Report of the Indian Hemp Drugs Commission, 1894-1895 - Volume VII
Year: 1894
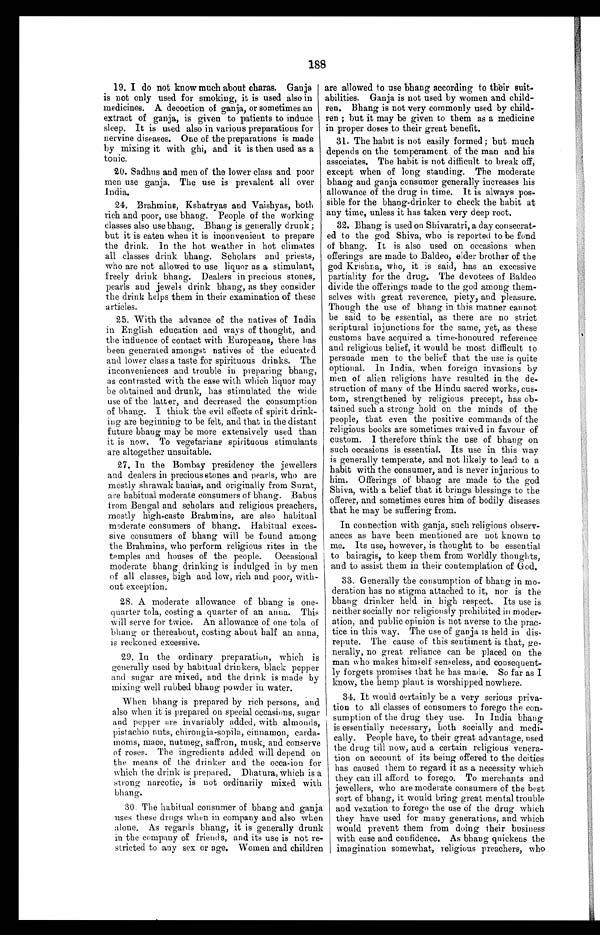
188
19. I do not know much about charas. Ganja
is not only used for smoking, it is used also in
medicines. A decoction of ganja, or sometimes an
extract of ganja, is given to patients to induce
sleep. It is used also in various preparations for
nervine diseases. One of the preparations is made
by mixing it with ghi, and it is then used as a
tonic.
20. Sadhus and men of the lower class and poor
men use ganja. The use is prevalent all over
India.
24. Brahmins, Ksbatryas and Vaishyas, both
rich and poor, use bhang. People of the working
classes also use bhang. Bhang is generally drunk ;
but it is eaten when it is inconvenient to prepare
the drink. In the hot weather in hot climates
all classes drink bhang. Scholars and priests,
who are not allowed to use liquor as a stimulant,
freely drink bhang. Dealers in precious stones,
pearls and jewels drink bhang, as they consider
the drink helps them in their examination of these
articles.
25. With the advance of the natives of India
in English education and ways of thought, and
the influence of contact with Europeans, there has
been generated amongst natives of the educated
and lower class a taste for spirituous drinks. The
inconveniences and trouble in preparing bhang,
as contrasted with the ease with which liquor may
be obtained and drunk, has stimulated the wide
use of the latter, and decreased the consumption
of bhang. I think the evil effects of spirit drink-
ing are beginning to be felt, and that in the distant
future bhang may be more extensively used than
it is now. To vegetarians spirituous stimulants
are altogether unsuitable.
27. In the Bombay presidency the jewellers
and dealers in precious stones and pearls, who are
mostly shrawak bauias, and originally from Surat,
are habitual moderate consumers of bhang. Babus
from Bengal and scholars and religious preachers,
mostly high-caste Brahmins, are also habitual
moderate consumers of bhang. Habitual exces-
sive consumers of bhang will be found among
the Brahmins, who perform religious rites in the
temples and houses of the people. Occasional
moderate bhang drinking is indulged in by men
of all classes, high and low, rich and poor, with-
out exception.
28. A moderate allowance of bhang is one-
quarter tola, costing a quarter of an anna. This
will serve for twice. An allowance of one tola of
bhang or thereabout, costing about half an anna,
is reckoned excessive.
29. In the ordinary preparation, which is
generally used by habitual drinkers, black pepper
and sugar are mixed, and the drink is made by
mixing well rubbed bhaug powder in water.
When bhang is prepared by rich persons, and
also when it is prepared on special occasions, sugar
and pepper are invariably added, with almonds,
pistachio nuts, chirongia-sopila, cinnamon, carda-
moms, mace, nutmeg, saffron, musk, and conserve
of roses. The ingredients added will depend on
the means of the drinker and the occasion for
which the drink is prepared. Dhatura, which is a
strong narcotic, is not ordinarily mixed with
bhang.
30. The habitual consumer of bhang and ganja
uses these drugs when in company and also when
alone. As regards bhang, it is generally drunk
in the company of friends, and its use is not re-
stricted to any sex or age. Women and children
are allowed to use bhang according to their suit-
abilities. Ganja is not used by women and child-
ren. Bhang is not very commonly used by child-
ren ; but it may be given to them as a medicine
in proper doses to their great benefit.
31. The habit is not easily formed ; but much
depends on the temperament of the man and his
associates. The habit is not difficult to break off,
except when of long standing. The moderate
bhang and ganja consumer generally increases his
allowance of the drug in time. It is always pos-
sible for the bhang-drinker to check the habit at
any time, unless it has taken very deep root.
32.
Bhang is used on Shivaratri, a day consecrat-
ed to the god Shiva, who is reported to be fond
of bhang. It is also used on occasions when
offerings are made to Baldeo, elder brother of the
god Krishna, who, it is said, has an excessive
partiality for the drug. The devotees of Baldeo
divide the offerings made to the god among them-
selves with great reverence, piety ; and pleasure.
Though the use of bhang in this manner cannot
be said to be essential, as there are no strict
scriptural injunctions for the same, yet, as these
customs have acquired a time-honoured reference
and religious belief, it would be most difficult to
persuade men to the belief that the use is quite
optional. In India, when foreign invasions by
men of alien religions have resulted in the de-
struction of many of the Hindu sacred works, cus-
tom, strengthened by religious precept, has ob-
tained such a strong hold on the minds of the
people, that even the positive commands of the
religious books are sometimes waived in favour of
custom. I therefore think the use of bhang on
such occasions is essential. Its use in this way
is generally temperate, and not likely to lead to a
habit with the consumer, and is never injurious to
him. Offerings of bhang are made to the god
Shiva, with a belief that it brings blessings to the
offerer, and sometimes cures him of bodily diseases
that he may be suffering from.
In connection with ganja, such religious observ-
ances as have been mentioned are not known to
me. Its use, however, is thought to be essential
to bairagis, to keep them from worldly thoughts,
and to assist them in their contemplation of God.
33. Generally the consumption of bhang in mo-
deration has no stigma attached to it, nor is the
bhang drinker held in high respect. Its use is
neither socially nor religiously prohibited in moder-
ation, and public opinion is not averse to the prac-
tice in this way. The use of ganja is held in dis-
repute. The cause of this sentiment is that, ge-
nerally, no great reliance can be placed on the
man who makes himself senseless, and consequent-
ly forgets promises that he has made. So far as I
know, the hemp plant is worshipped nowhere.
34. It would certainly be a very serious priva-
tion to all classes of consumers to forego the con-
sumption of the drug they use. In India bhang
is essentially necessary, both socially and medi-
cally. People have, to their great advantage, used
the drug till now, and a certain religious venera-
tion on account of its being offered to the deities
has caused them to regard it as a necessity which
they can ill afford to forego. To merchants and
jewellers, who are moderate consumers of the best
sort of bhang, it would bring great mental trouble
and vexation to forego the use of the drug which
they have used for many generations, and which
would prevent them from doing their business
with ease and confidence. As bhang quickens the
imagination somewhat, religious preachers, who